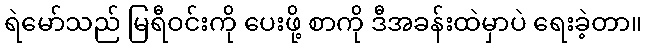
ရဲမော်သည် မြရီဝင်းကို ပေးဖို့ စာကို ဒီအခန်းထဲမှာပဲ ရေးခဲ့တာ။